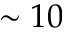
\sim 1 0